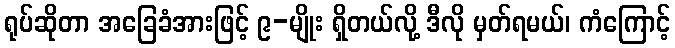
ရုပ်ဆိုတာ အခြေခံအားဖြင့် ၉-မျိုး ရှိတယ်လို့ ဒီလို မှတ်ရမယ်၊ ကံကြောင့်